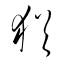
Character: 猶